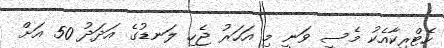
ހެޓްރިކާއެކު މެސީ ވަނީ މި އަހަރު ޖެހި ލަނޑުގެ އަދަދު 50 އަށް